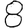
Digit: 8